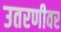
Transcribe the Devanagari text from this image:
उतरणीवर